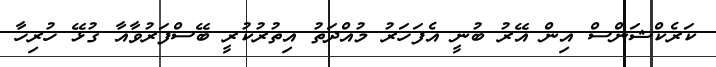
ކަރެކްޝަންސް އިން އޭރު ބުނީ އެފަހަރު މުއްދަތު އިތުރުކުރީ ބޭސްފަރުވާއާ ގުޅޭ ހުރިހާ